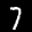
Label: 7